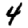
Digit: 4